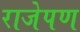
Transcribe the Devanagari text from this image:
राजेपण